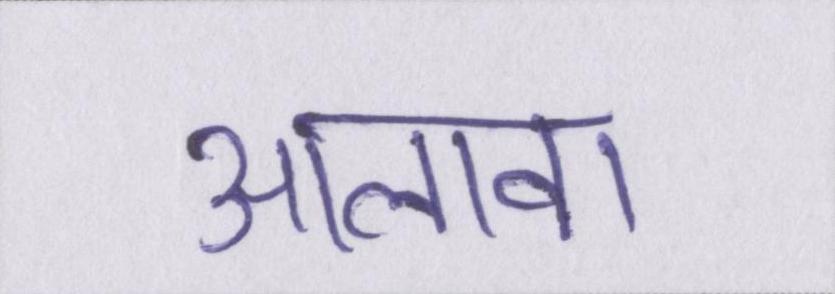
आलावा